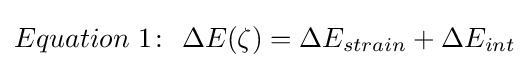
Equation\ 1\colon \ \Delta E(\zeta )=\Delta E_{strain}+\Delta E_{int}